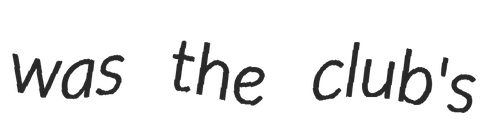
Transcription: was the club's